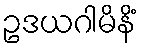
ဥဒယဂါမိနိံ